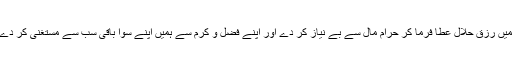
ہمیں رزق حلال عطا فرما کر حرام مال سے بے نیاز کر دے اور اپنے فضل و کرم سے ہمیں اپنے سوا باقی سب سے مستغنیٰ کر دے۔